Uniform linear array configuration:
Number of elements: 48
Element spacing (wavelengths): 0.75
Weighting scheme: uniform
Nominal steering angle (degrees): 60
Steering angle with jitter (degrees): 59.935
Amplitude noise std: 0.05
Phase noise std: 0.05

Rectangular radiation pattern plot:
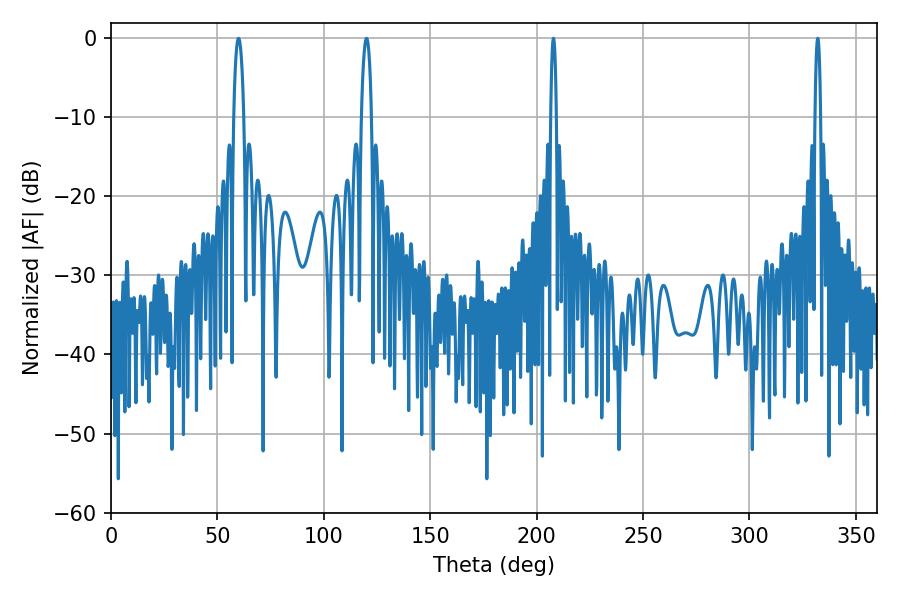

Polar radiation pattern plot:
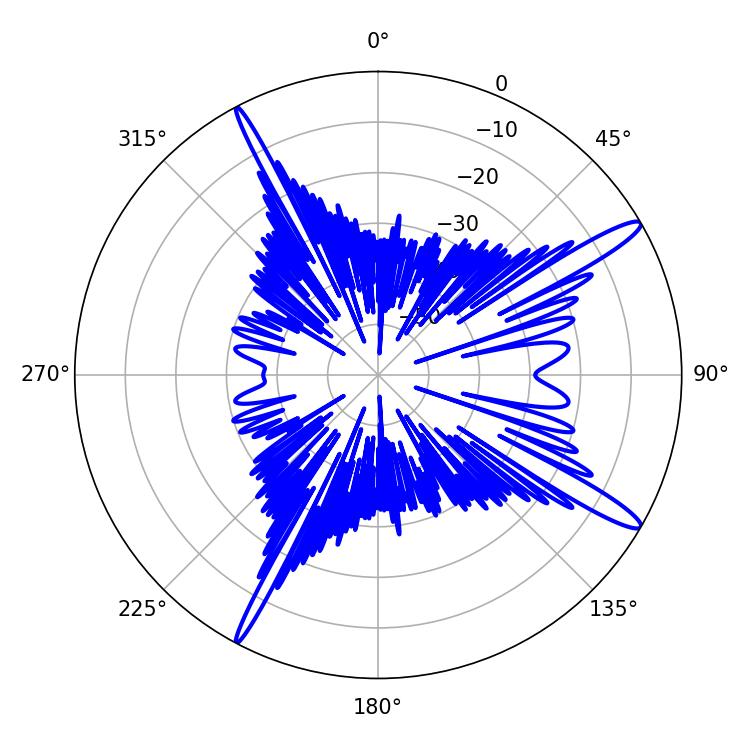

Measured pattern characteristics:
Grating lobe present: TRUE
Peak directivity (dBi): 14.76
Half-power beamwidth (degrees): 1.44
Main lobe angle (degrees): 332.1